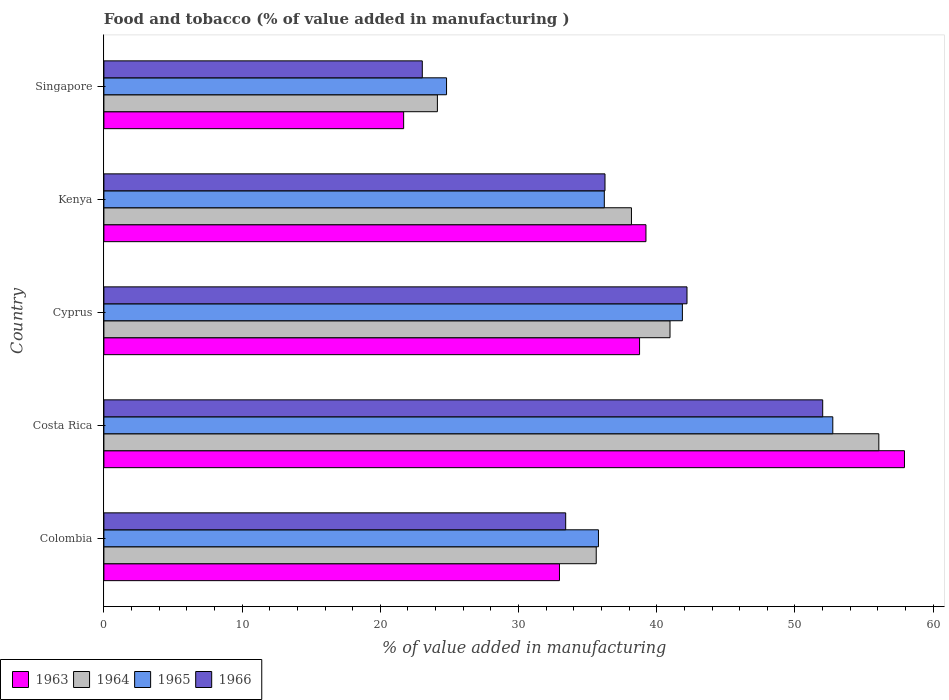
| Country | 1963 | 1964 | 1965 | 1966 |
 | --- | --- | --- | --- | --- |
 | Colombia | 33 | 35.6 | 35.8 | 33.4 |
 | Costa Rica | 57.9 | 56.1 | 52.7 | 52 |
 | Cyprus | 38.8 | 41 | 41.9 | 42.2 |
 | Kenya | 39.2 | 38.2 | 36.2 | 36.3 |
 | Singapore | 21.7 | 24.1 | 24.8 | 23 |